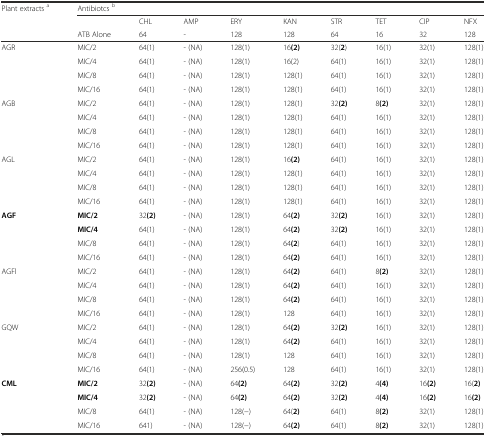
<table><thead><tr><td rowspan="3"><b>Plant extracts<sup>a</sup></b></td><td colspan="9"><b>Antibiotcs<sup>b</sup></b></td></tr><tr><td></td><td><b>CHL</b></td><td><b>AMP</b></td><td><b>ERY</b></td><td><b>KAN</b></td><td><b>STR</b></td><td><b>TET</b></td><td><b>CIP</b></td><td><b>NFX</b></td></tr><tr><td><b>ATB Alone</b></td><td><b>64</b></td><td><b>-</b></td><td><b>128</b></td><td><b>128</b></td><td><b>64</b></td><td><b>16</b></td><td><b>32</b></td><td><b>128</b></td></tr></thead><tbody><tr><td rowspan="4">AGR</td><td>MIC/2</td><td>64(1)</td><td>- (NA)</td><td>128(1)</td><td>16<b>(2)</b></td><td>32(<b>2</b>)</td><td>16(1)</td><td>32(1)</td><td>128(1)</td></tr><tr><td>MIC/4</td><td>64(1)</td><td>- (NA)</td><td>128(1)</td><td>16(2)</td><td>64(1)</td><td>16(1)</td><td>32(1)</td><td>128(1)</td></tr><tr><td>MIC/8</td><td>64(1)</td><td>- (NA)</td><td>128(1)</td><td>128(1)</td><td>64(1)</td><td>16(1)</td><td>32(1)</td><td>128(1)</td></tr><tr><td>MIC/16</td><td>64(1)</td><td>- (NA)</td><td>128(1)</td><td>128(1)</td><td>64(1)</td><td>16(1)</td><td>32(1)</td><td>128(1)</td></tr><tr><td rowspan="4">AGB</td><td>MIC/2</td><td>64(1)</td><td>- (NA)</td><td>128(1)</td><td>128(1)</td><td>32<b>(2)</b></td><td>8<b>(2)</b></td><td>32(1)</td><td>128(1)</td></tr><tr><td>MIC/4</td><td>64(1)</td><td>- (NA)</td><td>128(1)</td><td>128(1)</td><td>64(1)</td><td>16(1)</td><td>32(1)</td><td>128(1)</td></tr><tr><td>MIC/8</td><td>64(1)</td><td>- (NA)</td><td>128(1)</td><td>128(1)</td><td>64(1)</td><td>16(1)</td><td>32(1)</td><td>128(1)</td></tr><tr><td>MIC/16</td><td>64(1)</td><td>- (NA)</td><td>128(1)</td><td>128(1)</td><td>64(1)</td><td>16(1)</td><td>32(1)</td><td>128(1)</td></tr><tr><td rowspan="4">AGL</td><td>MIC/2</td><td>64(1)</td><td>- (NA)</td><td>128(1)</td><td>16<b>(2)</b></td><td>64(1)</td><td>16(1)</td><td>32(1)</td><td>128(1)</td></tr><tr><td>MIC/4</td><td>64(1)</td><td>- (NA)</td><td>128(1)</td><td>128(1)</td><td>64(1)</td><td>16(1)</td><td>32(1)</td><td>128(1)</td></tr><tr><td>MIC/8</td><td>64(1)</td><td>- (NA)</td><td>128(1)</td><td>128(1)</td><td>64(1)</td><td>16(1)</td><td>32(1)</td><td>128(1)</td></tr><tr><td>MIC/16</td><td>64(1)</td><td>- (NA)</td><td>128(1)</td><td>128(1)</td><td>64(1)</td><td>16(1)</td><td>32(1)</td><td>128(1)</td></tr><tr><td rowspan="4"><b>AGF</b></td><td><b>MIC/2</b></td><td>32<b>(2)</b></td><td>- (NA)</td><td>128(1)</td><td>64<b>(2)</b></td><td>32<b>(2)</b></td><td>16(1)</td><td>32(1)</td><td>128(1)</td></tr><tr><td><b>MIC/4</b></td><td>64(1)</td><td>- (NA)</td><td>128(1)</td><td>64<b>(2)</b></td><td>32<b>(2)</b></td><td>16(1)</td><td>32(1)</td><td>128(1)</td></tr><tr><td>MIC/8</td><td>64(1)</td><td>- (NA)</td><td>128(1)</td><td>64<b>(2</b>)</td><td>64(1)</td><td>16(1)</td><td>32(1)</td><td>128(1)</td></tr><tr><td>MIC/16</td><td>64(1)</td><td>- (NA)</td><td>128(1)</td><td>64<b>(2)</b></td><td>64(1)</td><td>16(1)</td><td>32(1)</td><td>128(1)</td></tr><tr><td rowspan="4">AGFl</td><td>MIC/2</td><td>64(1)</td><td>- (NA)</td><td>128(1)</td><td>64<b>(2)</b></td><td>64(1)</td><td>8<b>(2)</b></td><td>32(1)</td><td>128(1)</td></tr><tr><td>MIC/4</td><td>64(1)</td><td>- (NA)</td><td>128(1)</td><td>64<b>(2)</b></td><td>64(1)</td><td>16(1)</td><td>32(1)</td><td>128(1)</td></tr><tr><td>MIC/8</td><td>64(1)</td><td>- (NA)</td><td>128(1)</td><td>64<b>(2)</b></td><td>64(1)</td><td>16(1)</td><td>32(1)</td><td>128(1)</td></tr><tr><td>MIC/16</td><td>64(1)</td><td>- (NA)</td><td>128(1)</td><td>128</td><td>64(1)</td><td>16(1)</td><td>32(1)</td><td>128(1)</td></tr><tr><td rowspan="4">GQW</td><td>MIC/2</td><td>64(1)</td><td>- (NA)</td><td>128(1)</td><td>64<b>(2)</b></td><td>32<b>(2)</b></td><td>16(1)</td><td>32(1)</td><td>128(1)</td></tr><tr><td>MIC/4</td><td>64(1)</td><td>- (NA)</td><td>128(1)</td><td>64<b>(2)</b></td><td>64(1)</td><td>16(1)</td><td>32(1)</td><td>128(1)</td></tr><tr><td>MIC/8</td><td>64(1)</td><td>- (NA)</td><td>128(1)</td><td>128</td><td>64(1)</td><td>16(1)</td><td>32(1)</td><td>128(1)</td></tr><tr><td>MIC/16</td><td>64(1)</td><td>- (NA)</td><td>256(0.5)</td><td>128</td><td>64(1)</td><td>16(1)</td><td>32(1)</td><td>128(1)</td></tr><tr><td rowspan="4"><b>CML</b></td><td><b>MIC/2</b></td><td>32<b>(2)</b></td><td>- (NA)</td><td>64<b>(2)</b></td><td>64<b>(2)</b></td><td>32<b>(2)</b></td><td>4<b>(4)</b></td><td>16<b>(2)</b></td><td>16(<b>2)</b></td></tr><tr><td><b>MIC/4</b></td><td>32<b>(2)</b></td><td>- (NA)</td><td>64<b>(2)</b></td><td>64<b>(2)</b></td><td>32<b>(2)</b></td><td>4<b>(4)</b></td><td>16<b>(2)</b></td><td>16<b>(2)</b></td></tr><tr><td>MIC/8</td><td>64(1)</td><td>- (NA)</td><td>128(−)</td><td>64(<b>2)</b></td><td>64(1)</td><td>8<b>(2)</b></td><td>32(1)</td><td>128(1)</td></tr><tr><td>MIC/16</td><td>641)</td><td>- (NA)</td><td>128(−)</td><td>64<b>(2)</b></td><td>64(1)</td><td>8<b>(2)</b></td><td>32(1)</td><td>128(1)</td></tr></tbody></table>